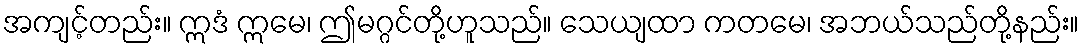
အကျင့်တည်း။ ဣဒံ ဣမေ၊ ဤမဂ္ဂင်တို့ဟူသည်။ သေယျထာ ကတမေ၊ အဘယ်သည်တို့နည်း။